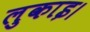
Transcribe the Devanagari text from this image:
लुकाइ।